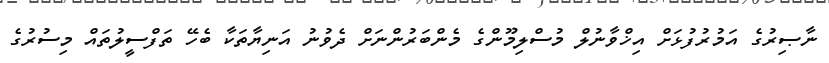
ނާޞިރުގެ އަމުރުފުޅަށް އިޚްވާނުލް މުސްލިމޫންގެ މެންބަރުންނަށް ދެވުނު އަނިޔާތަކާ ބެހޭ ތަފްސީލުތައް މިސުރުގެ